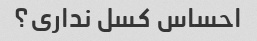
احساس کسل نداری؟